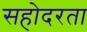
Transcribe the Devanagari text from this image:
सहोदरता